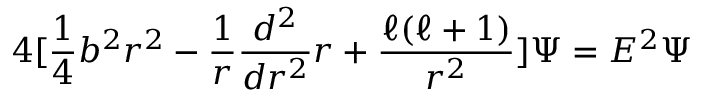
4 [ \frac { 1 } { 4 } b ^ { 2 } r ^ { 2 } - \frac { 1 } { r } \frac { d ^ { 2 } } { d r ^ { 2 } } r + \frac { \ell ( \ell + 1 ) } { r ^ { 2 } } ] \Psi = E ^ { 2 } \Psi